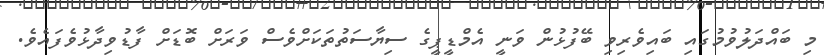
މި ބައްދަލުވުމުގައި ބައިވެރިވި ބޭފުޅުން ވަނީ އެމްޑީޕީގެ ސިޔާސަތުތަކަށްވެސް ވަރަށް ބޮޑަށް ފާޑުވިދާޅުވެފައެވެ.